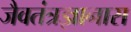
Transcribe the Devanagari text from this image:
जैवतंत्रज्ञानास